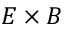
E \times B